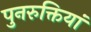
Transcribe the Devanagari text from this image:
पुनरुक्तियां